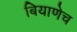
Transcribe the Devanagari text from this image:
बियाणेच